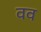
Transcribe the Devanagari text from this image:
वव